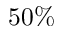
5 0 \%